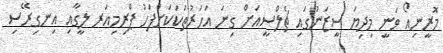
މޮރީނިއޯ ވަނީ މިދިޔަ ސީޒަނުގައި ޗެލްސީއަށް ގިނަ އަހަރުތަކަކަށްފަހު ޕްރިމިއަރ ލީގާއި އިނގިރޭސި